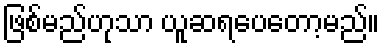
ဖြစ်မည်ဟုသာ ယူဆရပေတော့မည်။